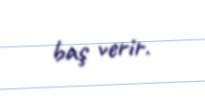
baş verir.